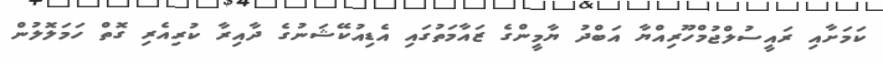
ކަމަށާއި ރައީސުލްޖުމްހޫރިއްޔާ އަބްދު ޔާމީންގެ ޒައާމަތުގައި އެޑިއުކޭޝަނުގެ ދާއިރާ ކުރިއެރި ގޮތް ހަމަލޮލުން